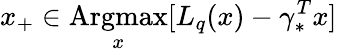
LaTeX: x_{+}\in\mathop{\mathrm{Argmax}}_{x}[L_{q}(x)-\gamma_{*}^{T}x]